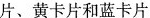
片、黄卡片和蓝卡片。